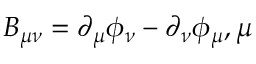
B _ { \mu \nu } = \partial _ { \mu } \phi _ { \nu } - \partial _ { \nu } \phi _ { \mu } , \mu